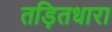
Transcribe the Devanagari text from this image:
तड़ितधारा